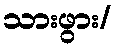
သားဖွား/